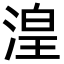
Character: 湟